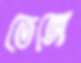
তেঙ্গে